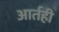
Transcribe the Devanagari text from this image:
आर्तही